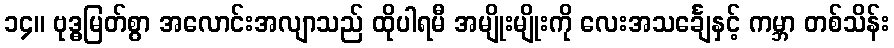
၁၄။ ဗုဒ္ဓမြတ်စွာ အလောင်းအလျာသည် ထိုပါရမီ အမျိုးမျိုးကို လေးအသင်္ချေနှင့် ကမ္ဘာ တစ်သိန်း